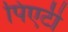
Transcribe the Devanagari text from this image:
पिएटी